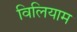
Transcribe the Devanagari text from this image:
विलियाम